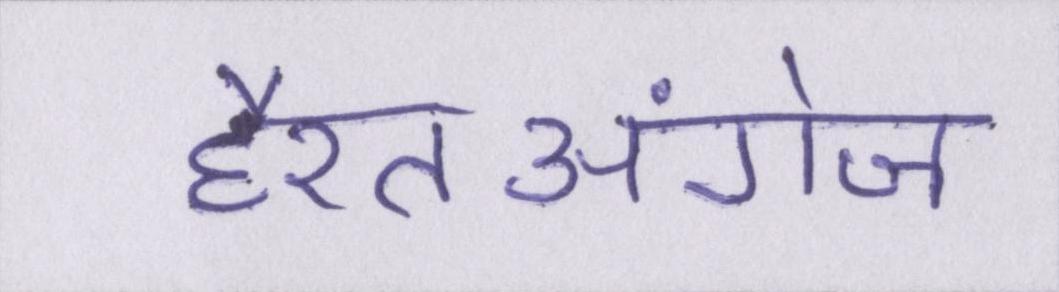
हैरतअंगेज